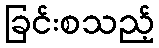
ခြင်းစသည့်